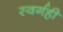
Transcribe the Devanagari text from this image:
स्वर्गही